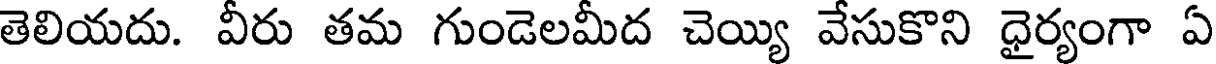
తెలియదు. వీరు తమ గుండెలమీద చెయ్యి వేసుకొని ధైర్యంగా ఏ